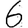
Digit: 6